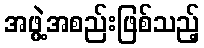
အဖွဲ့အစည်းဖြစ်သည့်